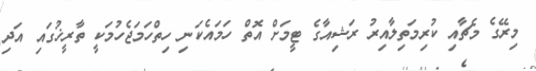
މިރޭގެ މެޗާއި ކުރިމަތިލާއިރު ރަޝިއާގެ ޓީމަށް އޮތް ހަމައެކަނި ހިތްހަމަޖެހުމަކީ ތާރީޚުގައި އަދި